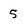
Character: 5